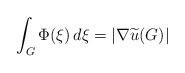
LaTeX: \begin{align*}\int _{G} \Phi(\xi)\, d\xi = |\nabla \widetilde u (G)|\end{align*}